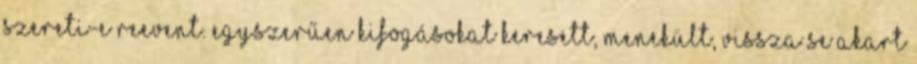
szereti-e Reevent. Egyszerűen kifogásokat keresett, menekült, vissza se akart